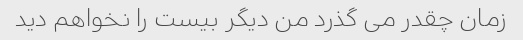
زمان چقدر می گذرد من دیگر بیست را نخواهم دید